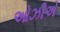
ઓઝીએ